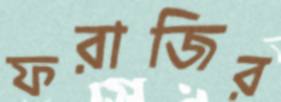
ফরাজির